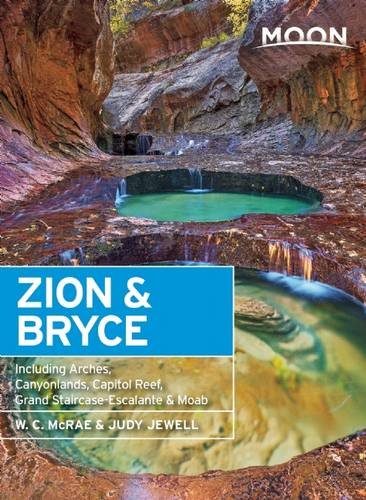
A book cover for Moon Zion & Bryce: Including Arches, Canyonlands, Capitol Reef, Grand Staircase-Escalante & Moab (Moon Handbooks); W. C. McRae; Travel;